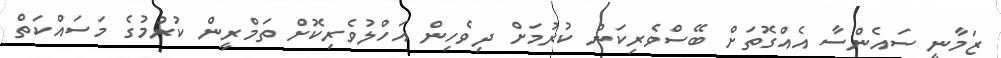
ޒަމާނީ ސައެންސާ އެއްގޮތަށް ބޭސްވެރިކަން ކުރުމަށް ދިވެހިން އަހްލުވެރިކޮށް ތަމްރީން ކުރުމުގެ މަސައްކަތް